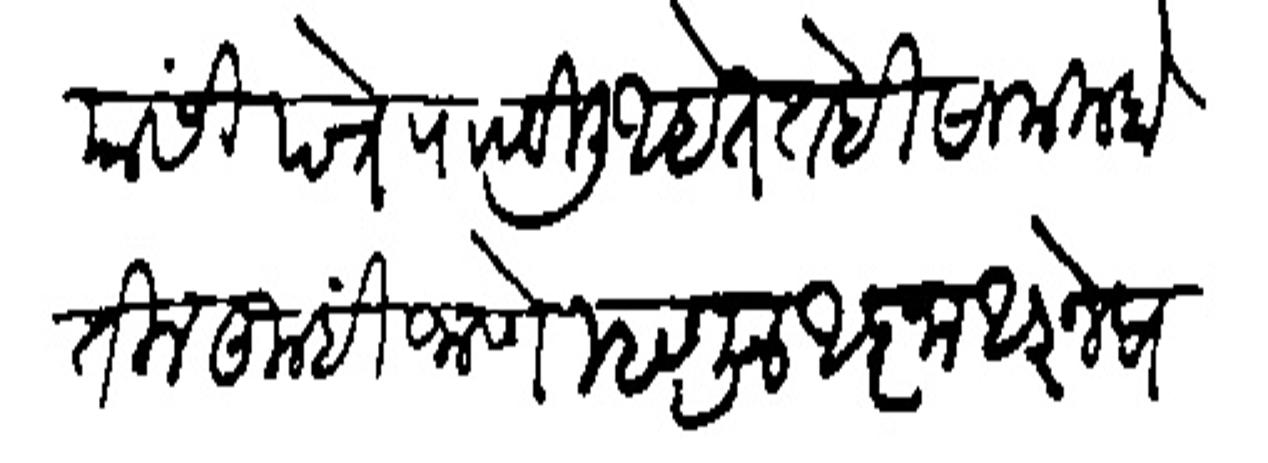
Transliteration (Devanagari): यांसी पत्रे पाठविली आहेत तेही सामील होतील तुम्हीं जाणे म्हणून आज्ञा आज्ञेप्रमाणे